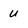
Character: U